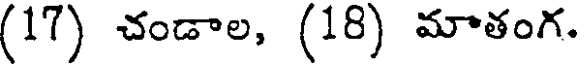
(17) చండాల, (18) మాతంగ.